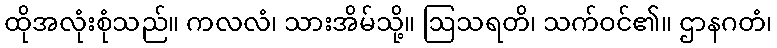
ထိုအလုံးစုံသည်။ ကလလံ၊ သားအိမ်သို့။ ဩသရတိ၊ သက်ဝင်၏။ ဌာနဂတံ၊